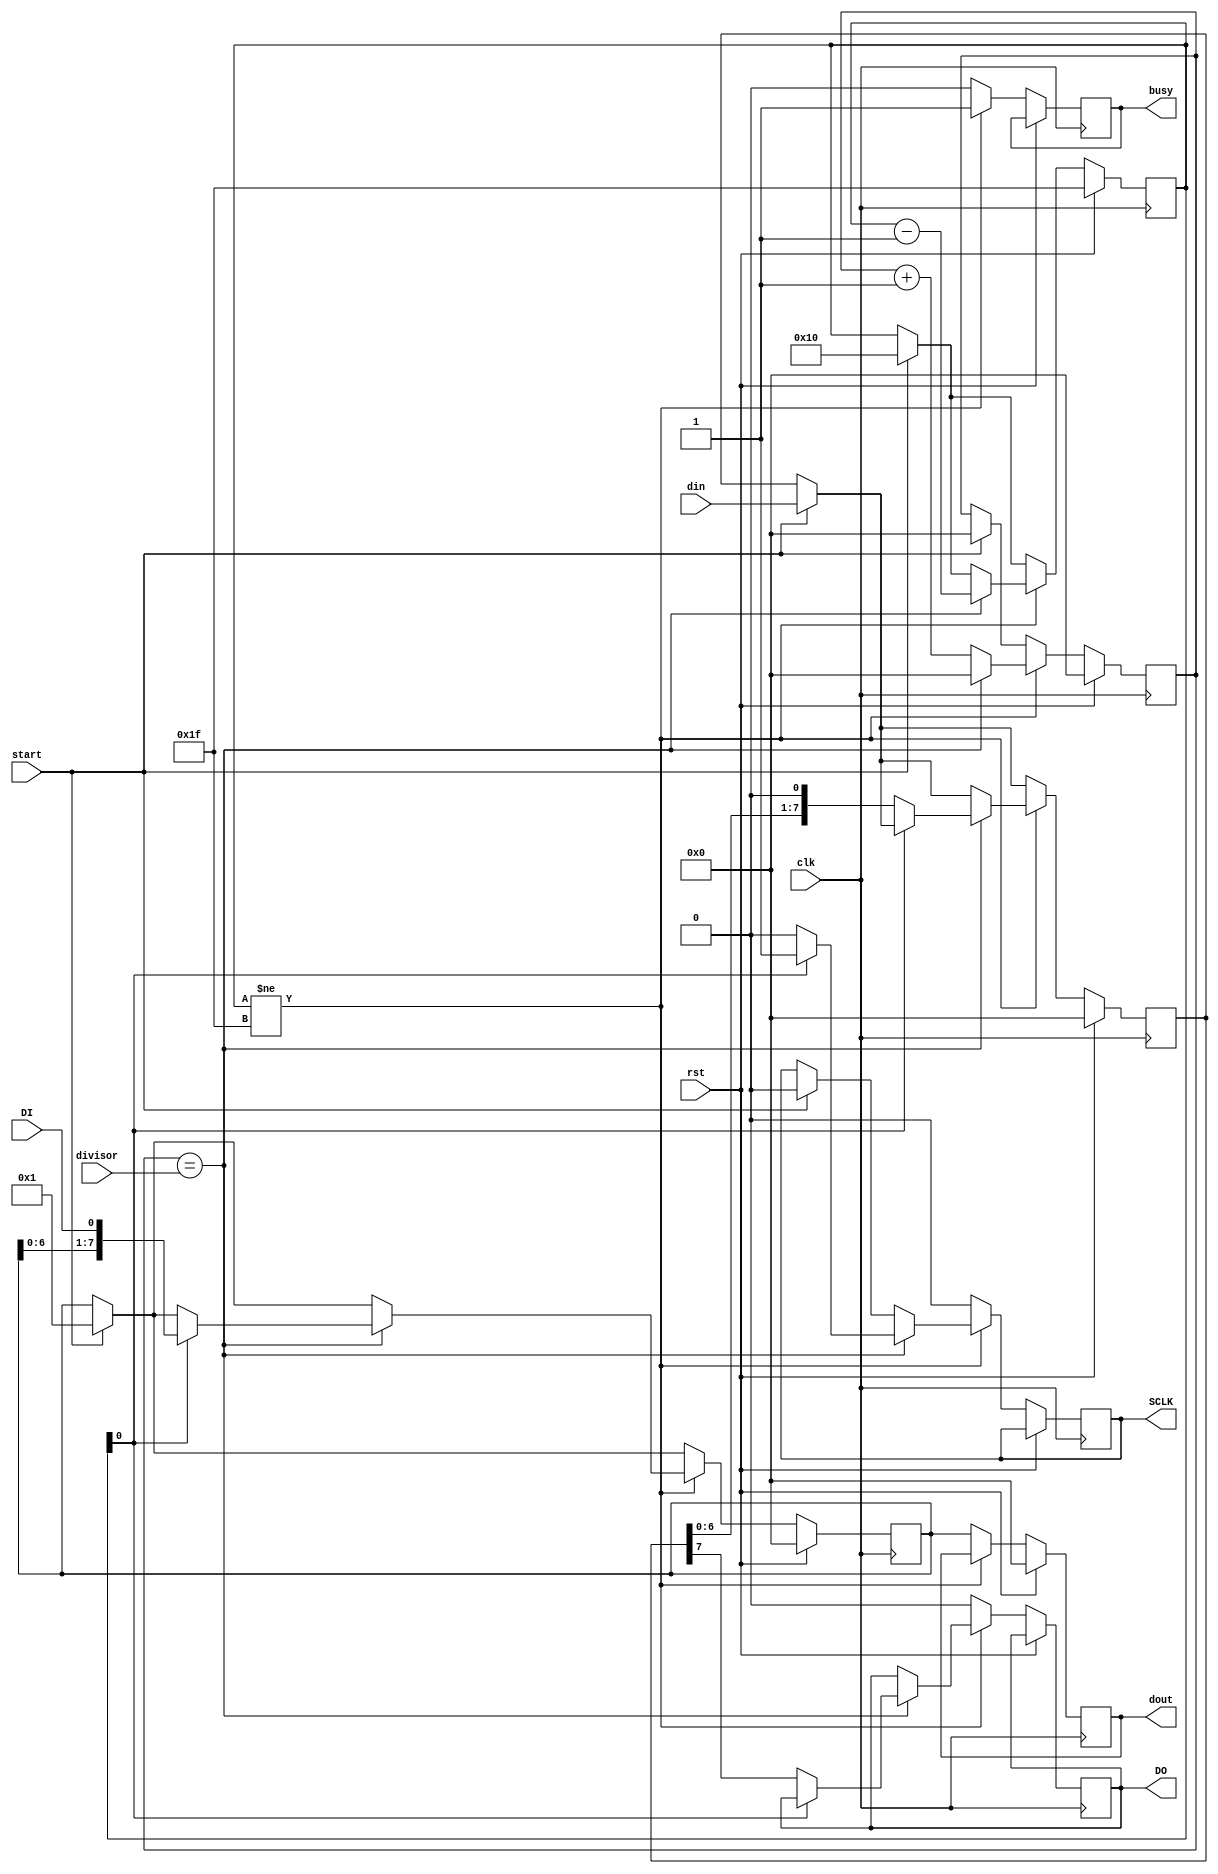
module qcpu_spi(
    input [7:0] divisor,
    input [7:0] din,
    
    output reg [7:0] dout,
    
    output reg SCLK,
    output reg DO,
    input DI,
    
    input start,
    output reg busy,

    input clk,
    input rst
);

reg [7:0] data_out_buff;
reg [7:0] data_in_buff;
reg [7:0] div_counter;
reg [4:0] counter;

always @(posedge clk) begin
    if(rst) begin
        counter <= 5'b11111;
        dout <= 0;
        div_counter <= 0;
        data_in_buff <= 0;
        data_out_buff <= 0;
    end else begin
        if(start) begin
            counter <= 5'b10000;
            div_counter <= 0;
            data_out_buff <= din;
            data_in_buff <= 1;
            SCLK <= 0;
        end
        if(counter != 5'b11111) begin
            busy <= 1;
            div_counter <= div_counter + 1;
            if(div_counter == divisor) begin
                div_counter <= 0;
                counter <= counter - 1;
                if(!counter[0]) begin
                    DO <= data_out_buff[7];
                    data_out_buff <= {data_out_buff[6:0], 1'b0};
                    SCLK <= 0;
                end else begin
                    SCLK <= 1;
                    data_in_buff <= {data_in_buff[6:0], DI};
                end
            end
        end else begin
            SCLK <= 0;
            DO <= 0;
            busy <= 0;
            dout <= data_in_buff;
        end
    end
end

endmodule